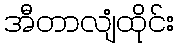
အီတာလျံထိုင်း